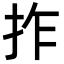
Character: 拃